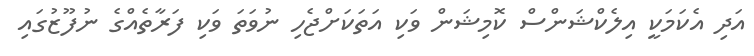
އަދި އެކަމަކީ އިލެކްޝަންސް ކޮމިޝަން ވަކި އަތަކަށްޖެހި ނުވަތަ ވަކި ފަރާތެއްގެ ނުފޫޒުގައި